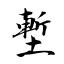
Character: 塹